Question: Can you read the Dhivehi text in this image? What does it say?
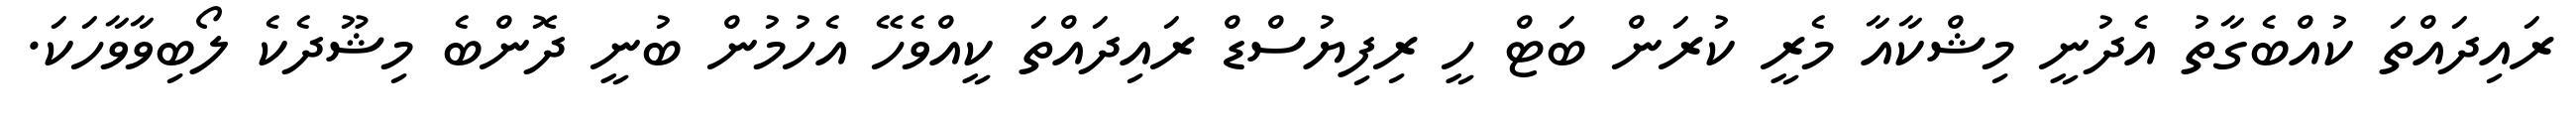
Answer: ރައިދައްތަ ކުއްބެގާތު އެދުނީ މިޝްކާއާ މެރީ ކުރަން ބަޓް ހީ ރިފިޔުސްޑް ރައިދައްތަ ކީއްވެހޭ އެހުމުން ބުނީ ދޮންބެ މިޝޫދެކެ ލޯބިވާވާހަކަ.